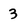
Character: 3